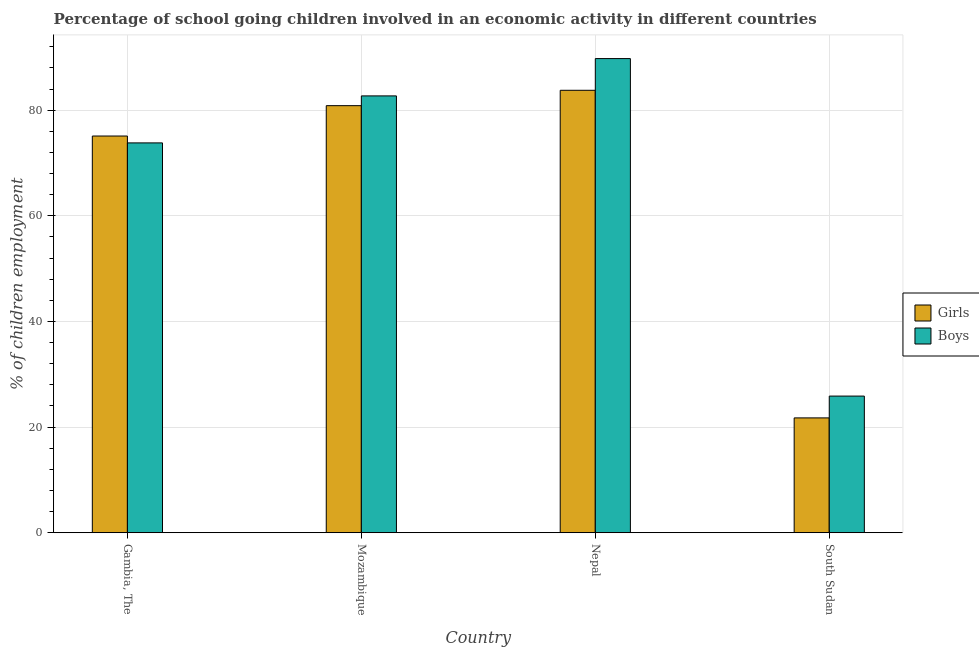
| Country | Girls | Boys |
 | --- | --- | --- |
 | Gambia, The | 75.1 | 73.8 |
 | Mozambique | 80.8 | 82.7 |
 | Nepal | 83.8 | 89.8 |
 | South Sudan | 21.7 | 25.9 |